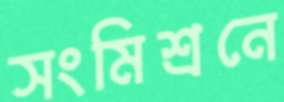
সংমিশ্রনে